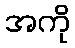
အကို